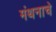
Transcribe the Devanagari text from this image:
मंथनाचे